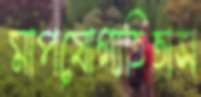
মাপযোগ্যতিতাস